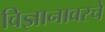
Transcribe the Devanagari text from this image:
विज्ञानावरचे